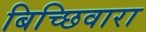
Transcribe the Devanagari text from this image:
बिच्छिवारा